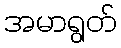
အမာရွတ်